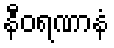
နီဝရဏာနံ